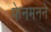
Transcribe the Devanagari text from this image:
फेनमनने